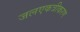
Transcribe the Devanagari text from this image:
जलएकत्रीकरण